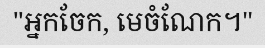
"អ្នកចែក, មេចំណែក។"